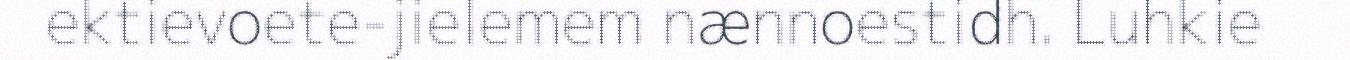
ektievoete-jielemem nænnoestidh. Luhkie